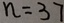
n = 3 7